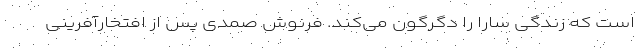
است که زندگی سارا را دگرگون می‌کند. فرنوش صمدی پس از افتخارآفرینی